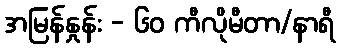
အမြန်နှုန်း - ၆၀ ကီလိုမီတာ/နာရီ